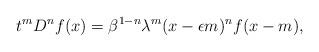
LaTeX: \begin{align*}t^mD^n f(x)=\beta^{1-n}\lambda^m (x-\epsilon m)^nf(x-m),\end{align*}